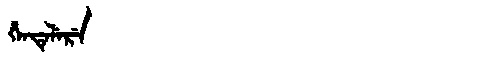
Manchu: ᡥᡝᠨᡨᡝᠯᡝᡵᡝ
Romanization: HENTELERE